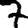
Digit: 7